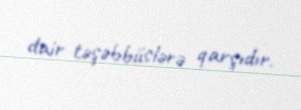
dair təşəbbüslərə qarşıdır.